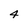
Character: 4